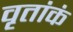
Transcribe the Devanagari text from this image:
वृतांकं